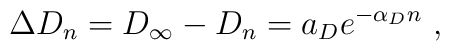
\Delta D_n = D_\infty - D_n = a_D e^{-\alpha_D n}\ ,